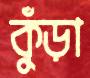
কুঁড়া